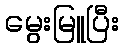
မွေးမြူပြီး